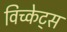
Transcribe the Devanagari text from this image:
विच्केट्स